Calcutta medical institutions reports 1871-78
Year: 1871
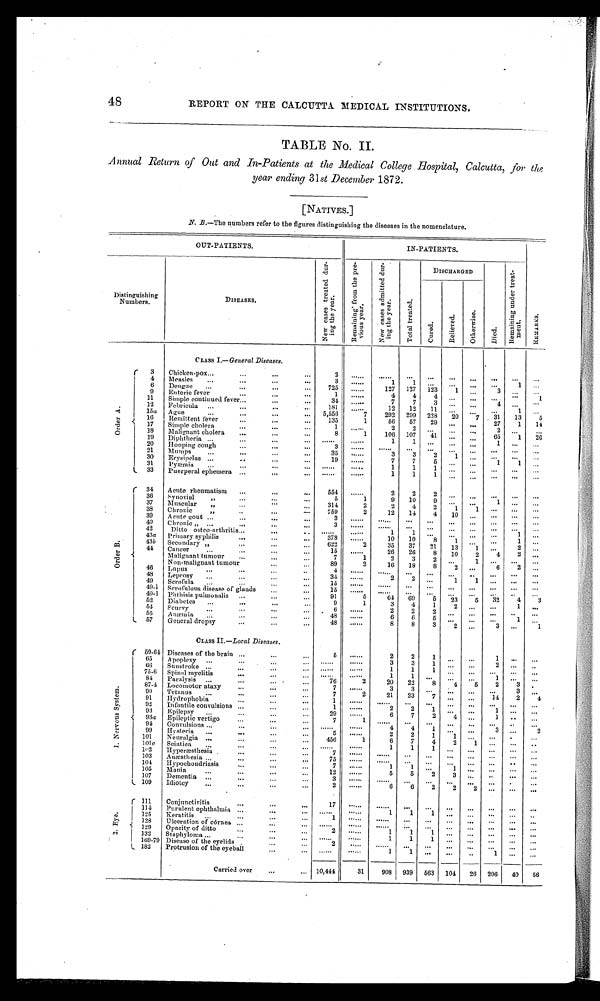
48
REPORT ON THE CALCUTTA. MEDICAL INSTITUTIONS.
TABLE NO. II
Annual Return of Out and In-Patients at the Medical College hospital, Calcutta, for the
year ending 31st December 1872.
[NATIVES.]
N . B.—The numbers refer to the figures distinguishing the diseases in the nomenclature.
OUT-PATIENTS.
IN-PATIENTS.
Distinguishing
Numbers .
DISEASES .
.
N e w c a s e s t r e a t e d d u r i n g t h e y e a r .
R e m i n i n i n g f r o m t h e p r e v i o u s y e a r .
N e w c a s e s a d m i t t e d d u r i n g t h e y e a r
T o t a l t r e a t e d .
DISCHARGED
D i e d .
R e m i n i n g u n d e r t r e a t e m e n t .
g
R e m a r k s .
R e l i v e r e d . R e l i v e r e d . g
C u r i e d
O t h e r w i s e .
CLASS I..—General Diseases.
.
O r a l A .
3
Chicken-pox...
....
...
. . .
4
Measles
...
. . .
3
......
1
1
...
6
Dengue
...
...
...
725
....
127
127
123
1
...
3
9
Enteric fever
...
...
1
......
4
4
4
.-
-.
".
1
11
Simple continued fever..,
...
...
34
......
7
7
3
...
4
12
Febricula ...
...
..•
. . .
181
......
12
12
11
...
...
15a
Ague
...
•..
. . .
5,556
7
292
299
228
20
7
3 1
13
5
16
Remittent fever
135
1
56
57
29
. . .
27
1
14
17
Simple cholera...
...
...
-....
. . . .
. . .
. . .
18
Malignant cholera
...
...
...
8
1
106
107
41
...
...
65
1
26
19
Diphtheria ...
...
1
•
1
20
I31Iooping cough
...
. . .
...
3
. . .
. . .
. . .
. . .
21
Mumps
...
..,
3
3
2
1
...
30
Erysipelas
...
...
...
19
......
7
7
1
1
. . .
31
Pymmia
...
...
...
...
......
. . . . . .
1
1
1
...
33
Puerperal ephemera ...
. .
1
1
1
...
...
...
34
Acute rheumatism
...
. . .
...
554
......
2
2
2
O r a l B .
36
Synocial
...
5
1
9
10
9
1
37
Muscula.r
,,...
:::
314
2
2
4
2
1
1
38
Chronic
.
..
...
. . .
759
2
12
14
39
Acute gout ...
...
...
...
3
......
. . .
...
•••
...
...
...
...
40
Chronic „ ...
...
...
3
. . .
. . . .
...
...
...
...
. . . .
42
Ditto osteo-arthritis...
...
......
1
1
.-
.-
...
-.
1
...
43a
Primary syphilis
...
...
378
......
10
10
8
1
...
435
Secondary „
...
622
2
35
37
21
13
1
...
2
...
44
Cancer
...
...
...
15
......
26
20
8
10
2
4
9
M alignant tumour
...
...
...
7
1
2
3
tumour
...
...
89
2
16
18
8
6
2
46
TN,t?it,t,. .iisualignaut
...
...
...
..
4
......
-.
.-
„.
..
-.
. . . .
.-
48
Leprosy
...
...
34
2
2
..,
1
40
Scrofula
...
...
...
...
15
......
...
...
...
...
...
...
...
49-1
Scrofulous disease of glands
.„
15
......
..,..,
.„
,„
. . .
...
•••
40.1
pht hisis pubnonalis
...
...
...
91
5
64
69
5
23
5
32
4
3
52
Diabetes
...
...
..,
...
9
1
3
4
1
1
...
54
Scurvy.. ..
...
......
2
2
2
55
Anaemia
...
...
...
..
48
6
6
5
-.
.-
1
..,
57
General dropsy
...
...
...
48
......
8
8
3
1
Crass 11.—.Local Diseases.
(
1 . N e r v o u s S y s t e m .
59.61 Diseases of the brain ...
...
...
5
......
2
2
1
1
65
Apoplexy ..,
..,
...
...
3
3
1
...
••
2
66
Sunstroke ...
...
...
...
......
......
1
1
1
...
...
...
•••
...
75-6
Spinal myelitis
...
...
,.,
......
......
1
1
1
84
Paralysis ...
...
... •
...
76
2
20
22
8
4
5
2
3
.
874
Locomotor ataxy
...
...
...
7
3
3
. . . .
•
.-
3
90
Tetanus
...
...
7
2
21
23
7
...
...
14
2
4
91
Hydrophobia
...
. . .
...
1
............
...
..,
...
„.
„.
...
,,,
92
Infantile convulsions ...
...
1
......
2
2
93
Epilepsy
...
...
...
...
29
......
6
7
2
93a
Epileptic vertigo
...
...
...
7
1
......
•••
...
...
•••
•••
.
..,
•••
94
Convulsions ...
...
4
4
1
...
. . .
2
99
Hysteria
...
...
...
...
5
......
2
2
1
1
...
101
Neuralgia ...
...
...
450
1
6
7
4
2
1
101c
Sciatica
..,
...
. . .
...
......
......
1
1
1
1,2
Hyperresthesia .
•••
. . .
7
......
103
Anaesthesia ...
...
...
75
............
...
...
...
„.
...
..
...
101
Hypochoudriasis
7
1
1
„.
1
105
Mania
...
...
...
...
......
5
5
2
3
•••
••
•••
...
107
Dementia ...
...
...
3
. . . . . . .
......
...
_
...
...
.
L 109
Idiotey
...
...
...
...
2
......
6
6
2
2
„,
2
r 1 1 1 Conjunctivitis...
...
...
1 . E y e i
111
Purulent ophthalmia ...
...
...
......
..... .
1
1
1
...•
...
•••
...
125
Reratitis
...
...
...
1
123
Ulceration of cornea ...
...
..
...
...
...
...
...
...
...
129
Opacity of ditto...
...
2
......
1
1
1
132
Staphyloma ...
...
...
...
1
1
1
...
•••
...
•••
•••
169-79 Disease of the eyelids .
...
2
.....
.-
.-
-.
-.
...
182
Protrusion of the eyeball
...
...
1
•
".•
1
...
...
Carried ove
. . . .
.„
10,444
31
908
939
563
104
26
206
40
56